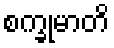
စက္ခုမာတိ